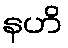
နဟိ